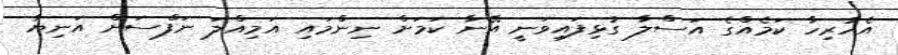
އެހުރިހާ ކަމެއްގެ އަސްލާ ގުޅިފައިވަނީ އޭނާ ކަމަށް ނިންމައި އަމިއްލަ ނަފްސަށް އަނިޔާ